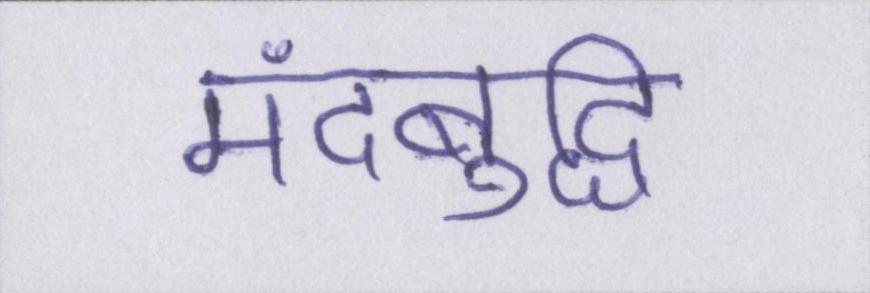
मंदबुद्धि